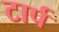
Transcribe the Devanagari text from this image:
टार्प